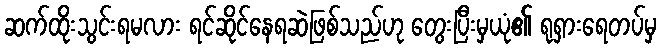
ဆက်ထိုးသွင်းရမလား ရင်ဆိုင်နေရဆဲဖြစ်သည်ဟု တွေးပြီးမှယုံ၏ ရုရှားရေတပ်မှ